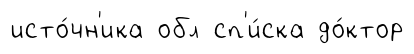
исто́чн'ика обл сп'и́ска до́ктор